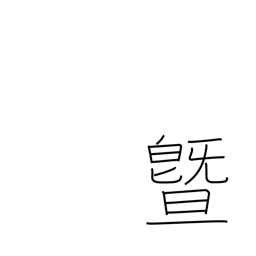
Meaning: and